Civil Veterinary Department. United Provinces 1912-22 - 1912-1922
Year: 1912
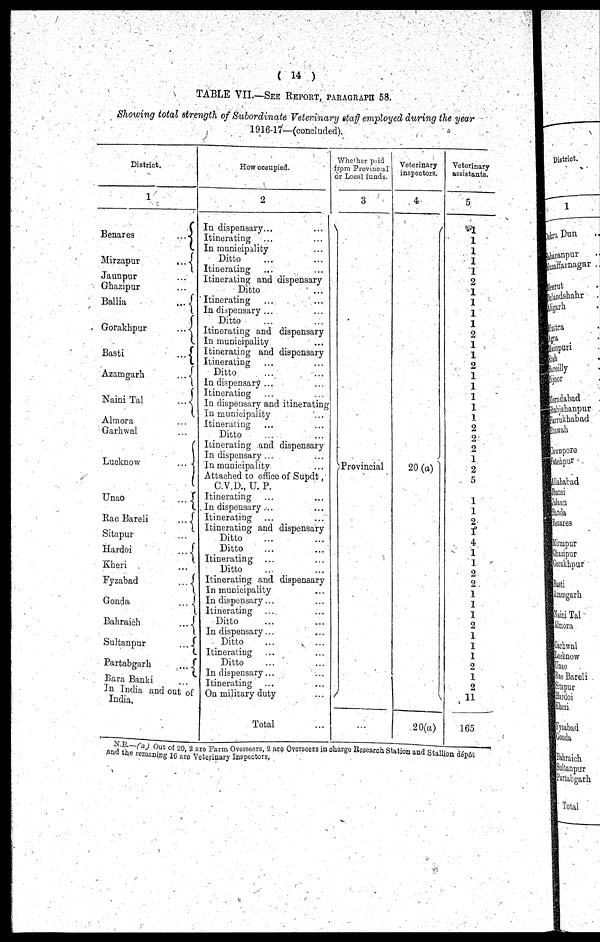
( 14 )
TABLE VII.—SEE REPORT, PARAGRAPH 58.
Showing total strength of Subordinate Veterinary staff employed during the year
1916-17—(concluded).
District.
1
Benares
...
Mirzapur
...
Jaunpur ...
Ghazipur ...
Ballia
...
Gorakhpur
...
Basti
...
Azamgarh
...
Naini Tal
...
Almora ...
Garhwal ...
Lucknow
...
Unao
...
Rae Bareli
...
Sitapur ...
Hardoi
...
Kheri ...
Fyzabad
...
Gonda
...
Bahraich
...
Sultanpur
...
Partabgarh
...
Bara Banki ...
InIndia
and out of
India.
How Occupied.
2
In dispensary... ...
Itinerating ... ...
In municipality ...
Ditto ... ...
Itinerating ... ...
Itinerating and dispensary
Ditto ...
Itinerating ... ...
In dispensary ... ...
Ditto ... ...
Itinerating and dispensary
In municipality ...
Itinerating and dispensary
Itinerating ... ...
Ditto ... ...
In dispensary ... ...
Itinerating ... ...
In dispensary and itinerating
In municipality ...
Itinerating ... ...
Ditto ... ...
Itinerating and dispensary
In dispensary ... ...
In municipality ...
Attached to office of Supdt,
C.V.D., U. P.
Itinerating ... ...
In dispensary ... ...
Itinerating ... ...
Itinerating and dispensary
Ditto ... ...
Ditto ... ...
Itinerating ... ...
Ditto ... ...
Itinerating and dispensary
In municipality ...
In dispensary ... ...
Itinerating ... ...
Ditto ... ...
In dispensary ... ...
Ditto ... ...
Itinerating ... ...
Ditto ... ...
In dispensary ... ...
Itinerating ... ...
On military duty ...
Total ...
Whether paid
from Provincial
or Local funds.
3
Provincial
...
Veterinary
inspectors.
4
20 (a)
20(a)
Veterinary
assistants.
5
1
1
1
1
1
2
1
1
1
1
2
1
1
2
1
1
1
1
1
2
2
2
1
2
5
1
1
2
I
4
1
1
2
2
1
1
1
2
1
1
1
2
1
2
11
165
N.B.- (a) Out of 20, 2 are Farm Overseers, 2 are Overseers in charge Research Station and Stallion d
and the remaning 16 are Veterinary Inspectors .